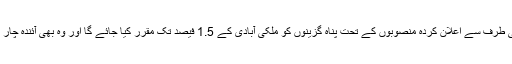
آسٹرين حکومت کی طرف سے اعلان کردہ منصوبوں کے تحت پناہ گزينوں کو ملکی آبادی کے 1.5 فيصد تک مقرر کيا جائے گا اور وہ بھی آئندہ چار برسوں کے دوران۔